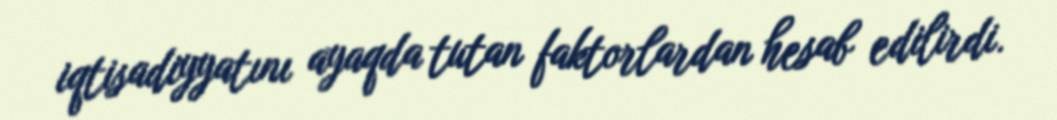
iqtisadiyyatını ayaqda tutan faktorlardan hesab edilirdi.